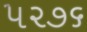
૫૨૭૬